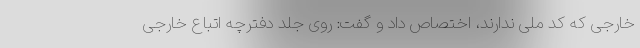
خارجی که کد ملی ندارند، اختصاص داد و گفت: روی جلد دفترچه اتباع خارجی